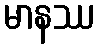
မာနဿ